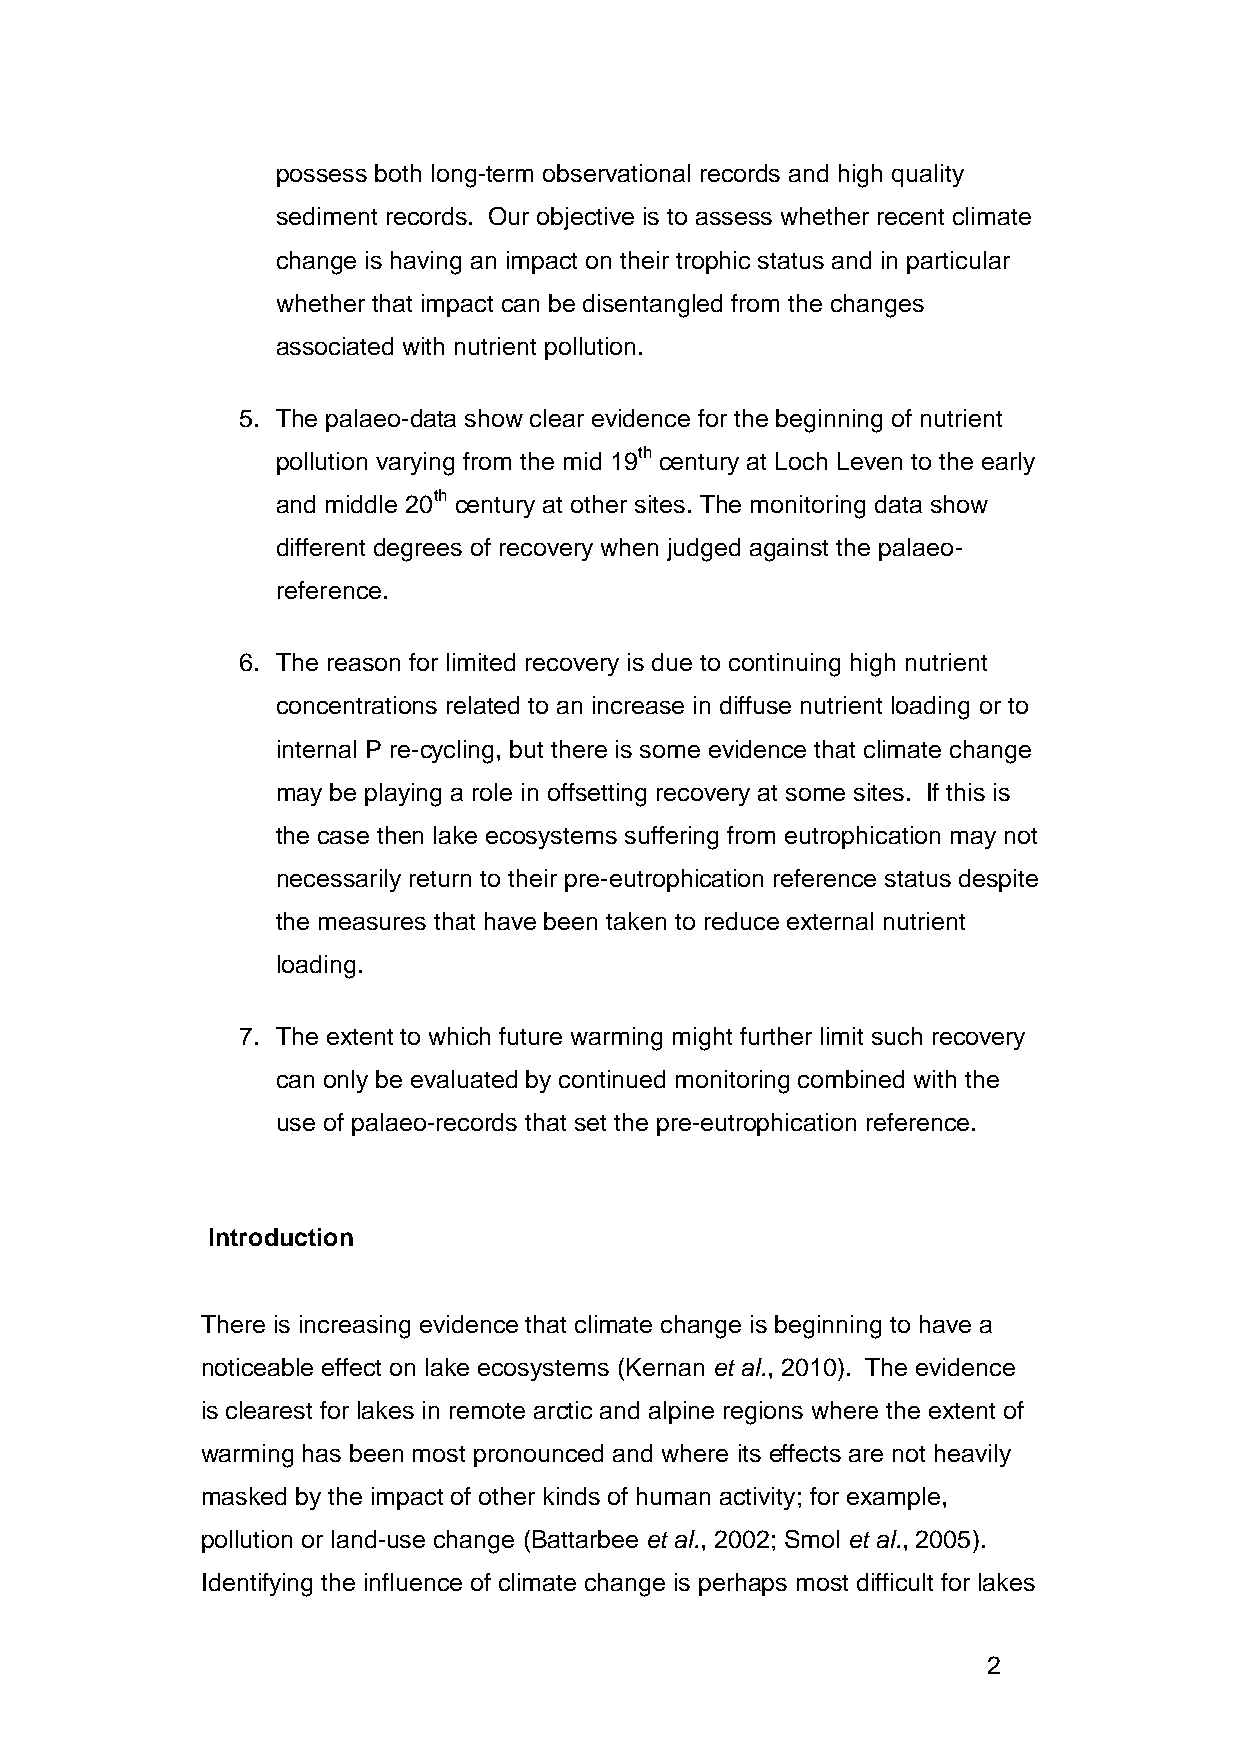
possess both long-term observational records and high quality
 sediment records. Our objective is to assess whether recent climate
 change is having an impact on their trophic status and in particular
 whether that impact can be disentangled from the changes
 associated with nutrient pollution.
 5. The palaeo-data show clear evidence for the beginning of nutrient
 pollution varying from the mid 19th century at Loch Leven to the early
 and middle 20th century at other sites. The monitoring data show
 different degrees of recovery when judged against the palaeo-
 reference.
 6. The reason for limited recovery is due to continuing high nutrient
 concentrations related to an increase in diffuse nutrient loading or to
 internal P re-cycling, but there is some evidence that climate change
 may be playing a role in offsetting recovery at some sites. If this is
 the case then lake ecosystems suffering from eutrophication may not
 necessarily return to their pre-eutrophication reference status despite
 the measures that have been taken to reduce external nutrient
 loading.
 7. The extent to which future warming might further limit such recovery
 can only be evaluated by continued monitoring combined with the
 use of palaeo-records that set the pre-eutrophication reference.
 Introduction
 There is increasing evidence that climate change is beginning to have a
 noticeable effect on lake ecosystems (Kernan et al., 2010). The evidence
 is clearest for lakes in remote arctic and alpine regions where the extent of
 warming has been most pronounced and where its effects are not heavily
 masked by the impact of other kinds of human activity; for example,
 pollution or land-use change (Battarbee et al., 2002; Smol et al., 2005).
 Identifying the influence of climate change is perhaps most difficult for lakes
 2